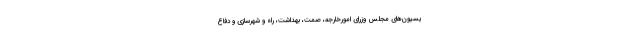
یسیون‌های مجلس وزرای امورخارجه، صمت، بهداشت، راه و شهرسازی و دفاع